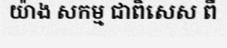
យ៉ាង សកម្ម ជាពិសេស ពី